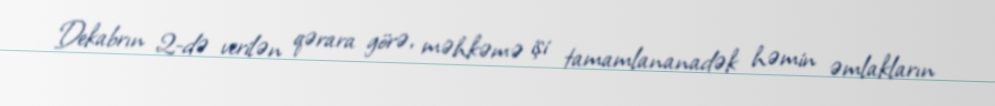
Dekabrın 2-də verilən qərara görə, məhkəmə işi tamamlananadək həmin əmlakların